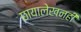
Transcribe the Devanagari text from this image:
छायालेखनही